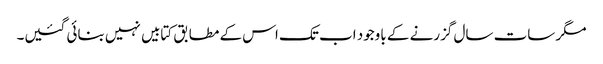
مگر سات سال گزرنے کے باوجود اب تک اس کے مطابق کتابیں نہیں بنائی گئیں۔